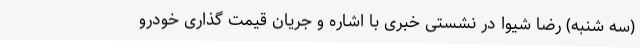
(سه شنبه) رضا شیوا در نشستی خبری با اشاره و جریان قیمت گذاری خودرو